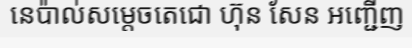
នេប៉ាល់សម្តេចតេជោ ហ៊ុន សែន អញ្ជើញ